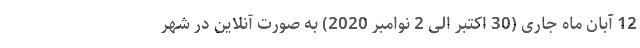
12 آبان ماه جاری (30 اکتبر الی 2 نوامبر 2020) به صورت آنلاین در شهر